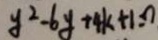
y ^ { 2 } - 6 y + 4 k + 1 = 7